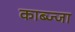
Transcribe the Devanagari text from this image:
काब्ज्जा